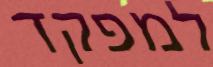
למפקד